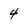
Character: 4